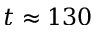
t \approx 1 3 0